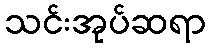
သင်းအုပ်ဆရာ